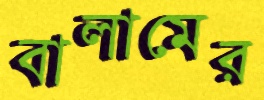
বালামের